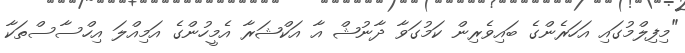
"މިފިލްމުގައި އަހަރެންގެ ބައިވެރިން ކަމުގަވާ ދާނުޝް އާ އަކްޝަރާ އެމީހުންގެ އަމިއްލަ އިހްސާސްތަކާ